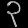
Digit: ၃